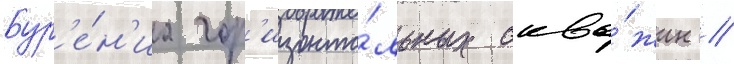
бур'е́н'иа гор'изонта́льных сква́жин //